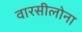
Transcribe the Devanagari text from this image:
वारसीलोना